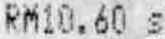
RM10.60 S